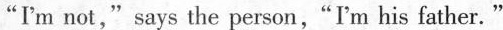
"I'm not," says the person,"Im his father."